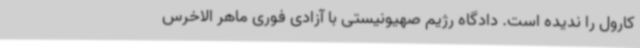
کارول را ندیده است. دادگاه رژیم صهیونیستی با آزادی فوری ماهر الاخرس